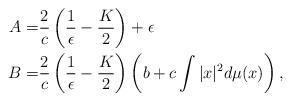
LaTeX: \begin{align*}A=&\frac{2}{c}\left(\frac{1}{\epsilon}-\frac{K}{2}\right)+\epsilon\\B=&\frac{2}{c}\left(\frac{1}{\epsilon}-\frac{K}{2}\right)\left(b+c\int|x|^2d\mu(x)\right),\end{align*}